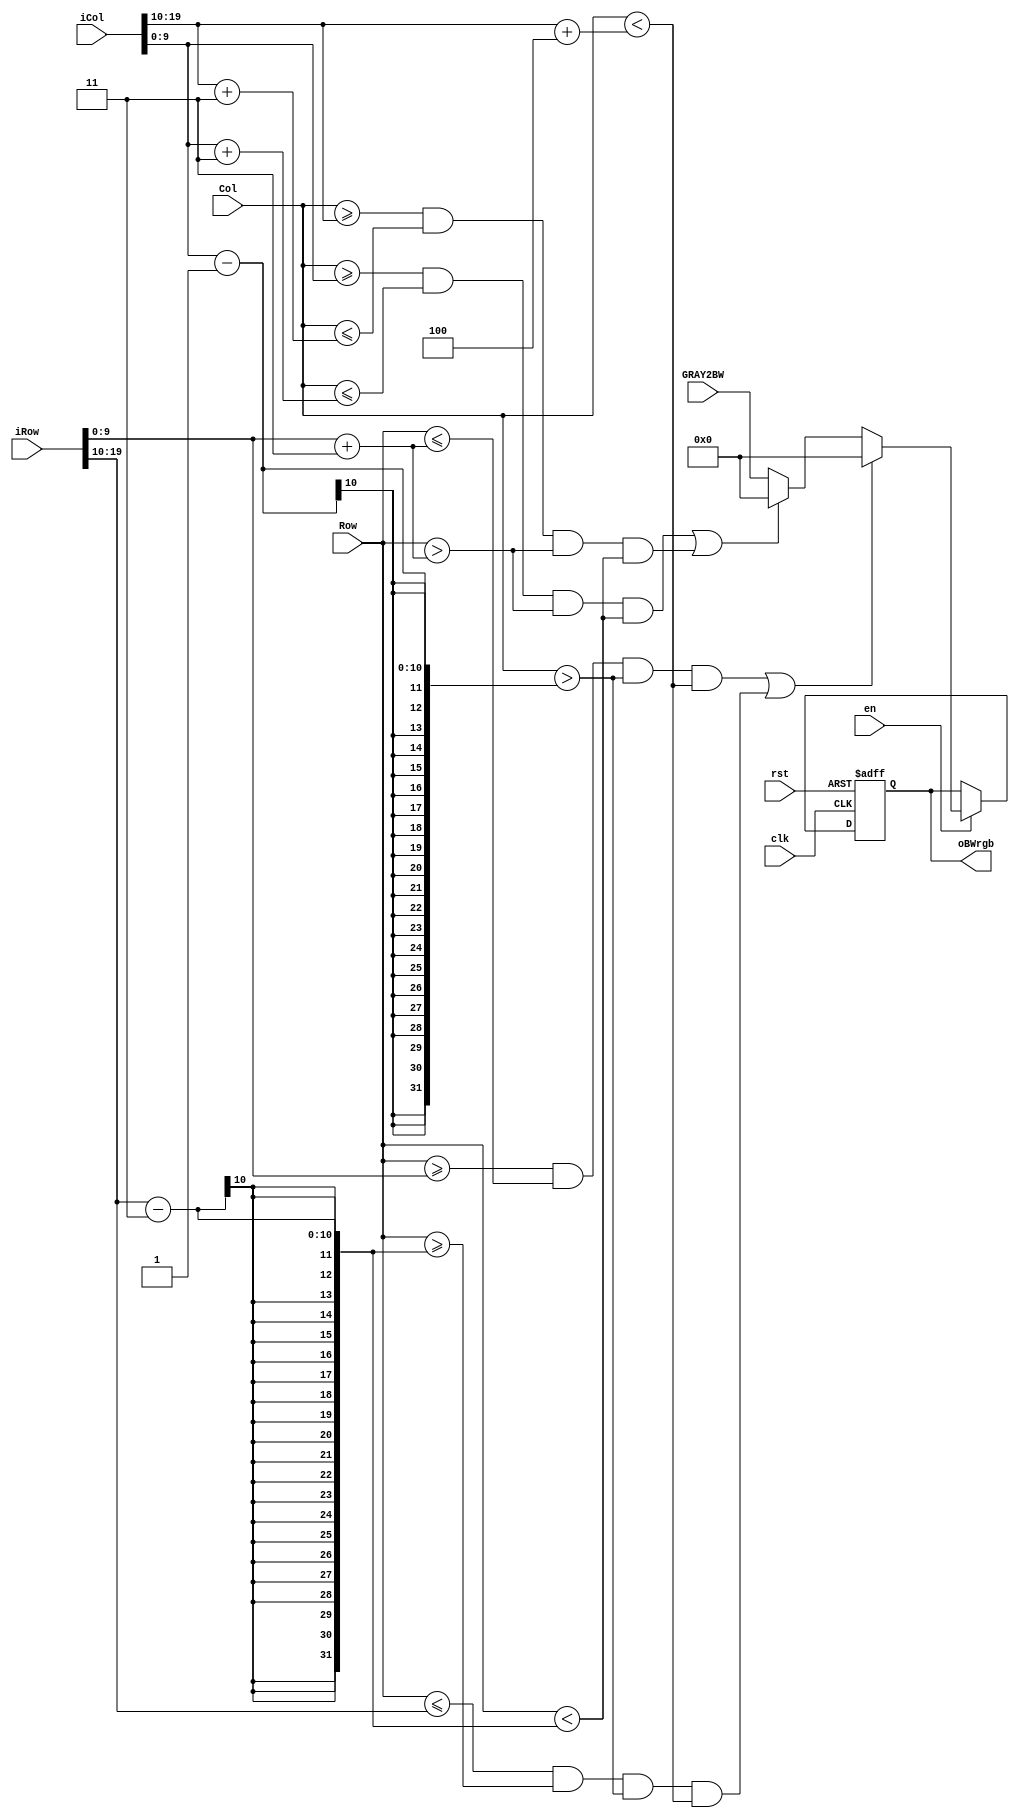
module rectangle(
clk,
rst,
en, 
iRow,       //
iCol,       //
Row,        //
Col,        //
GRAY2BW,
oBWrgb
);

input clk;
input rst;
input en;
input [19:0] iRow;
input [19:0] iCol;
input [9:0] GRAY2BW;
input [9:0] Row;
input [9:0] Col;

output [9:0] oBWrgb;
reg [9:0] oBWrgb;

always @(posedge clk, negedge rst)
begin
	if(!rst) 
		begin
			oBWrgb <= 10'd0;
		end
	else if(en)
		begin
			//
			if(( Row >= iRow[9:0] && Row <= (iRow[9:0] + 3) 
			                      && Col > (iCol[9:0] - 1) 
			                      && Col < (iCol[19:10] + 4)) ||
				(Row <= iRow[19:10] && Row >= (iRow[19:10] - 3) 
				                    && Col > (iCol[9:0] - 1) 
										  && Col < (iCol[19:10] + 4))
			)
				begin
					oBWrgb <= 10'd0;
				end
			else if((Col >= iCol[9:0] && Col <= (iCol[9:0] + 3) 
			                          && Row > (iRow[9:0] + 3) 
											  && Row < (iRow[19:10] - 3))||
				(Col >= iCol[19:10] && Col <= (iCol[19:10] + 3) 
				                    && Row > (iRow[9:0] + 3) 
										  && Row < (iRow[19:10] - 3))
			)
				begin
					oBWrgb <= 10'd0;
				end
			else				
				begin
					oBWrgb = GRAY2BW ;//
				end 
		end
end
endmodule